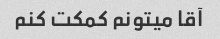
آقا میتونم کمکت کنم